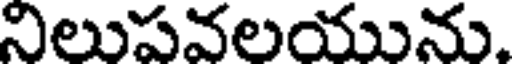
నిలుపవలయును.